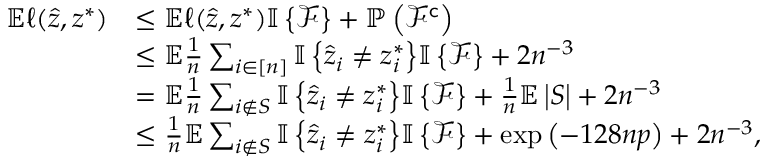
\begin{array} { r l } { \mathbb { E } \ell ( \hat { z } , z ^ { * } ) } & { \leq \mathbb { E } \ell ( \hat { z } , z ^ { * } ) { \mathbb { I } \left\{ { \mathcal { F } } \right\} } + \mathbb { P } \left( \mathcal { F } ^ { \mathsf { c } } \right) } \\ & { \leq \mathbb { E } \frac { 1 } { n } \sum _ { i \in [ n ] } { \mathbb { I } \left\{ { \hat { z } _ { i } \neq z _ { i } ^ { * } } \right\} } { \mathbb { I } \left\{ { \mathcal { F } } \right\} } + 2 n ^ { - 3 } } \\ & { = \mathbb { E } \frac { 1 } { n } \sum _ { i \notin S } { \mathbb { I } \left\{ { \hat { z } _ { i } \neq z _ { i } ^ { * } } \right\} } { \mathbb { I } \left\{ { \mathcal { F } } \right\} } + \frac { 1 } { n } \mathbb { E } \left| S \right| + 2 n ^ { - 3 } } \\ & { \leq \frac { 1 } { n } \mathbb { E } \sum _ { i \notin S } { \mathbb { I } \left\{ { \hat { z } _ { i } \neq z _ { i } ^ { * } } \right\} } { \mathbb { I } \left\{ { \mathcal { F } } \right\} } + \exp \left( - 1 2 8 n p \right) + 2 n ^ { - 3 } , } \end{array}